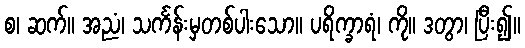
စ၊ ဆက်။ အညံ၊ သင်္ကန်းမှတစ်ပါးသော။ ပရိက္ခာရံ၊ ကို။ ဒတွာ၊ ပြီး၍။